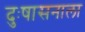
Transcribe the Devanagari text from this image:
दुःषासनाला